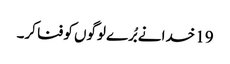
19 خدا نے بُرے لوگوں کو فنا کر۔